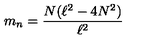
m _ { n } = \frac { N ( \ell ^ { 2 } - 4 N ^ { 2 } ) } { \ell ^ { 2 } }